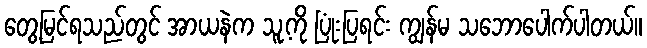
တွေ့မြင်ရသည်တွင် အာယနဲက သူ့ကို ပြုံးပြရင်း ကျွန်မ သဘောပေါက်ပါတယ်။